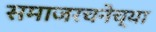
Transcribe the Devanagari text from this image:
समाजरचनेच्या